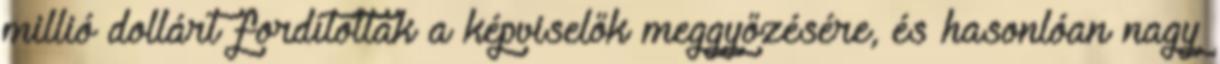
millió dollárt fordítottak a képviselők meggyőzésére, és hasonlóan nagy